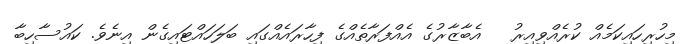
މިހުރިހައިކަމެއް ކުރެއްވިއިރު   އެބާޒާރުގެ އެއްފަރާތެއްގެ ފިހާރައެއްގައި ބަލަހައްޓައިގެން އިނެވެ. ކައުސާހިބާ